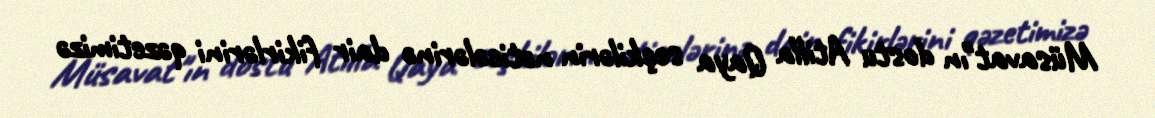
Müsavat"ın dostu Atilla Qaya seçkilərin nəticələrinə dair fikirlərini qəzetimizə